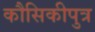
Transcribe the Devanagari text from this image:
कौसिकीपुत्र